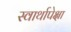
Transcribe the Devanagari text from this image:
स्वार्थापेक्षा